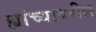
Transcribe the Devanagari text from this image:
ह्यांच्यावरील